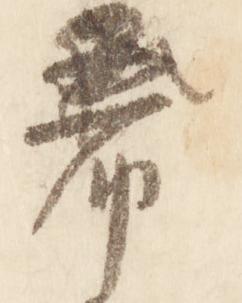
希